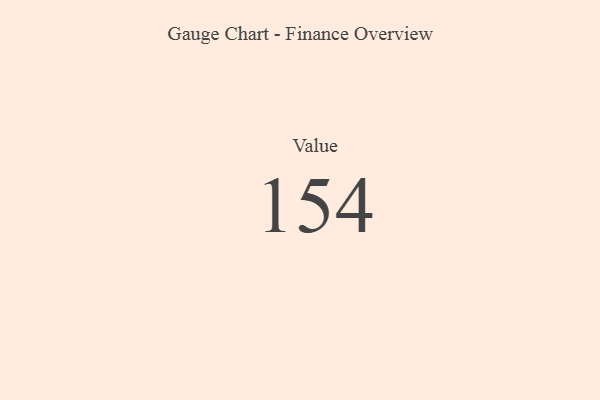
{"axis": {"x": "Metric", "y": "Value"}, "legend": [""], "data": [{"x": "Value", "y": 154, "type": ""}]}